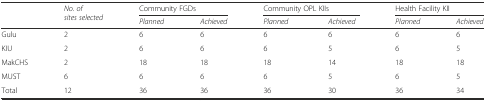
<table><thead><tr><td rowspan="2"></td><td rowspan="2"><b><i>No. of sites selected</i></b></td><td colspan="2"><b>Community FGDs</b></td><td colspan="2"><b>Community OPL KIIs</b></td><td colspan="2"><b>Health Facility KII</b></td></tr><tr><td><b><i>Planned</i></b></td><td><b><i>Achieved</i></b></td><td><b><i>Planned</i></b></td><td><b><i>Achieved</i></b></td><td><b><i>Planned</i></b></td><td><b><i>Achieved</i></b></td></tr></thead><tbody><tr><td>Gulu</td><td>2</td><td>6</td><td>6</td><td>6</td><td>6</td><td>6</td><td>6</td></tr><tr><td>KIU</td><td>2</td><td>6</td><td>6</td><td>6</td><td>5</td><td>6</td><td>5</td></tr><tr><td>MakCHS</td><td>2</td><td>18</td><td>18</td><td>18</td><td>14</td><td>18</td><td>18</td></tr><tr><td>MUST</td><td>6</td><td>6</td><td>6</td><td>6</td><td>5</td><td>6</td><td>5</td></tr><tr><td>Total</td><td>12</td><td>36</td><td>36</td><td>36</td><td>30</td><td>36</td><td>34</td></tr></tbody></table>